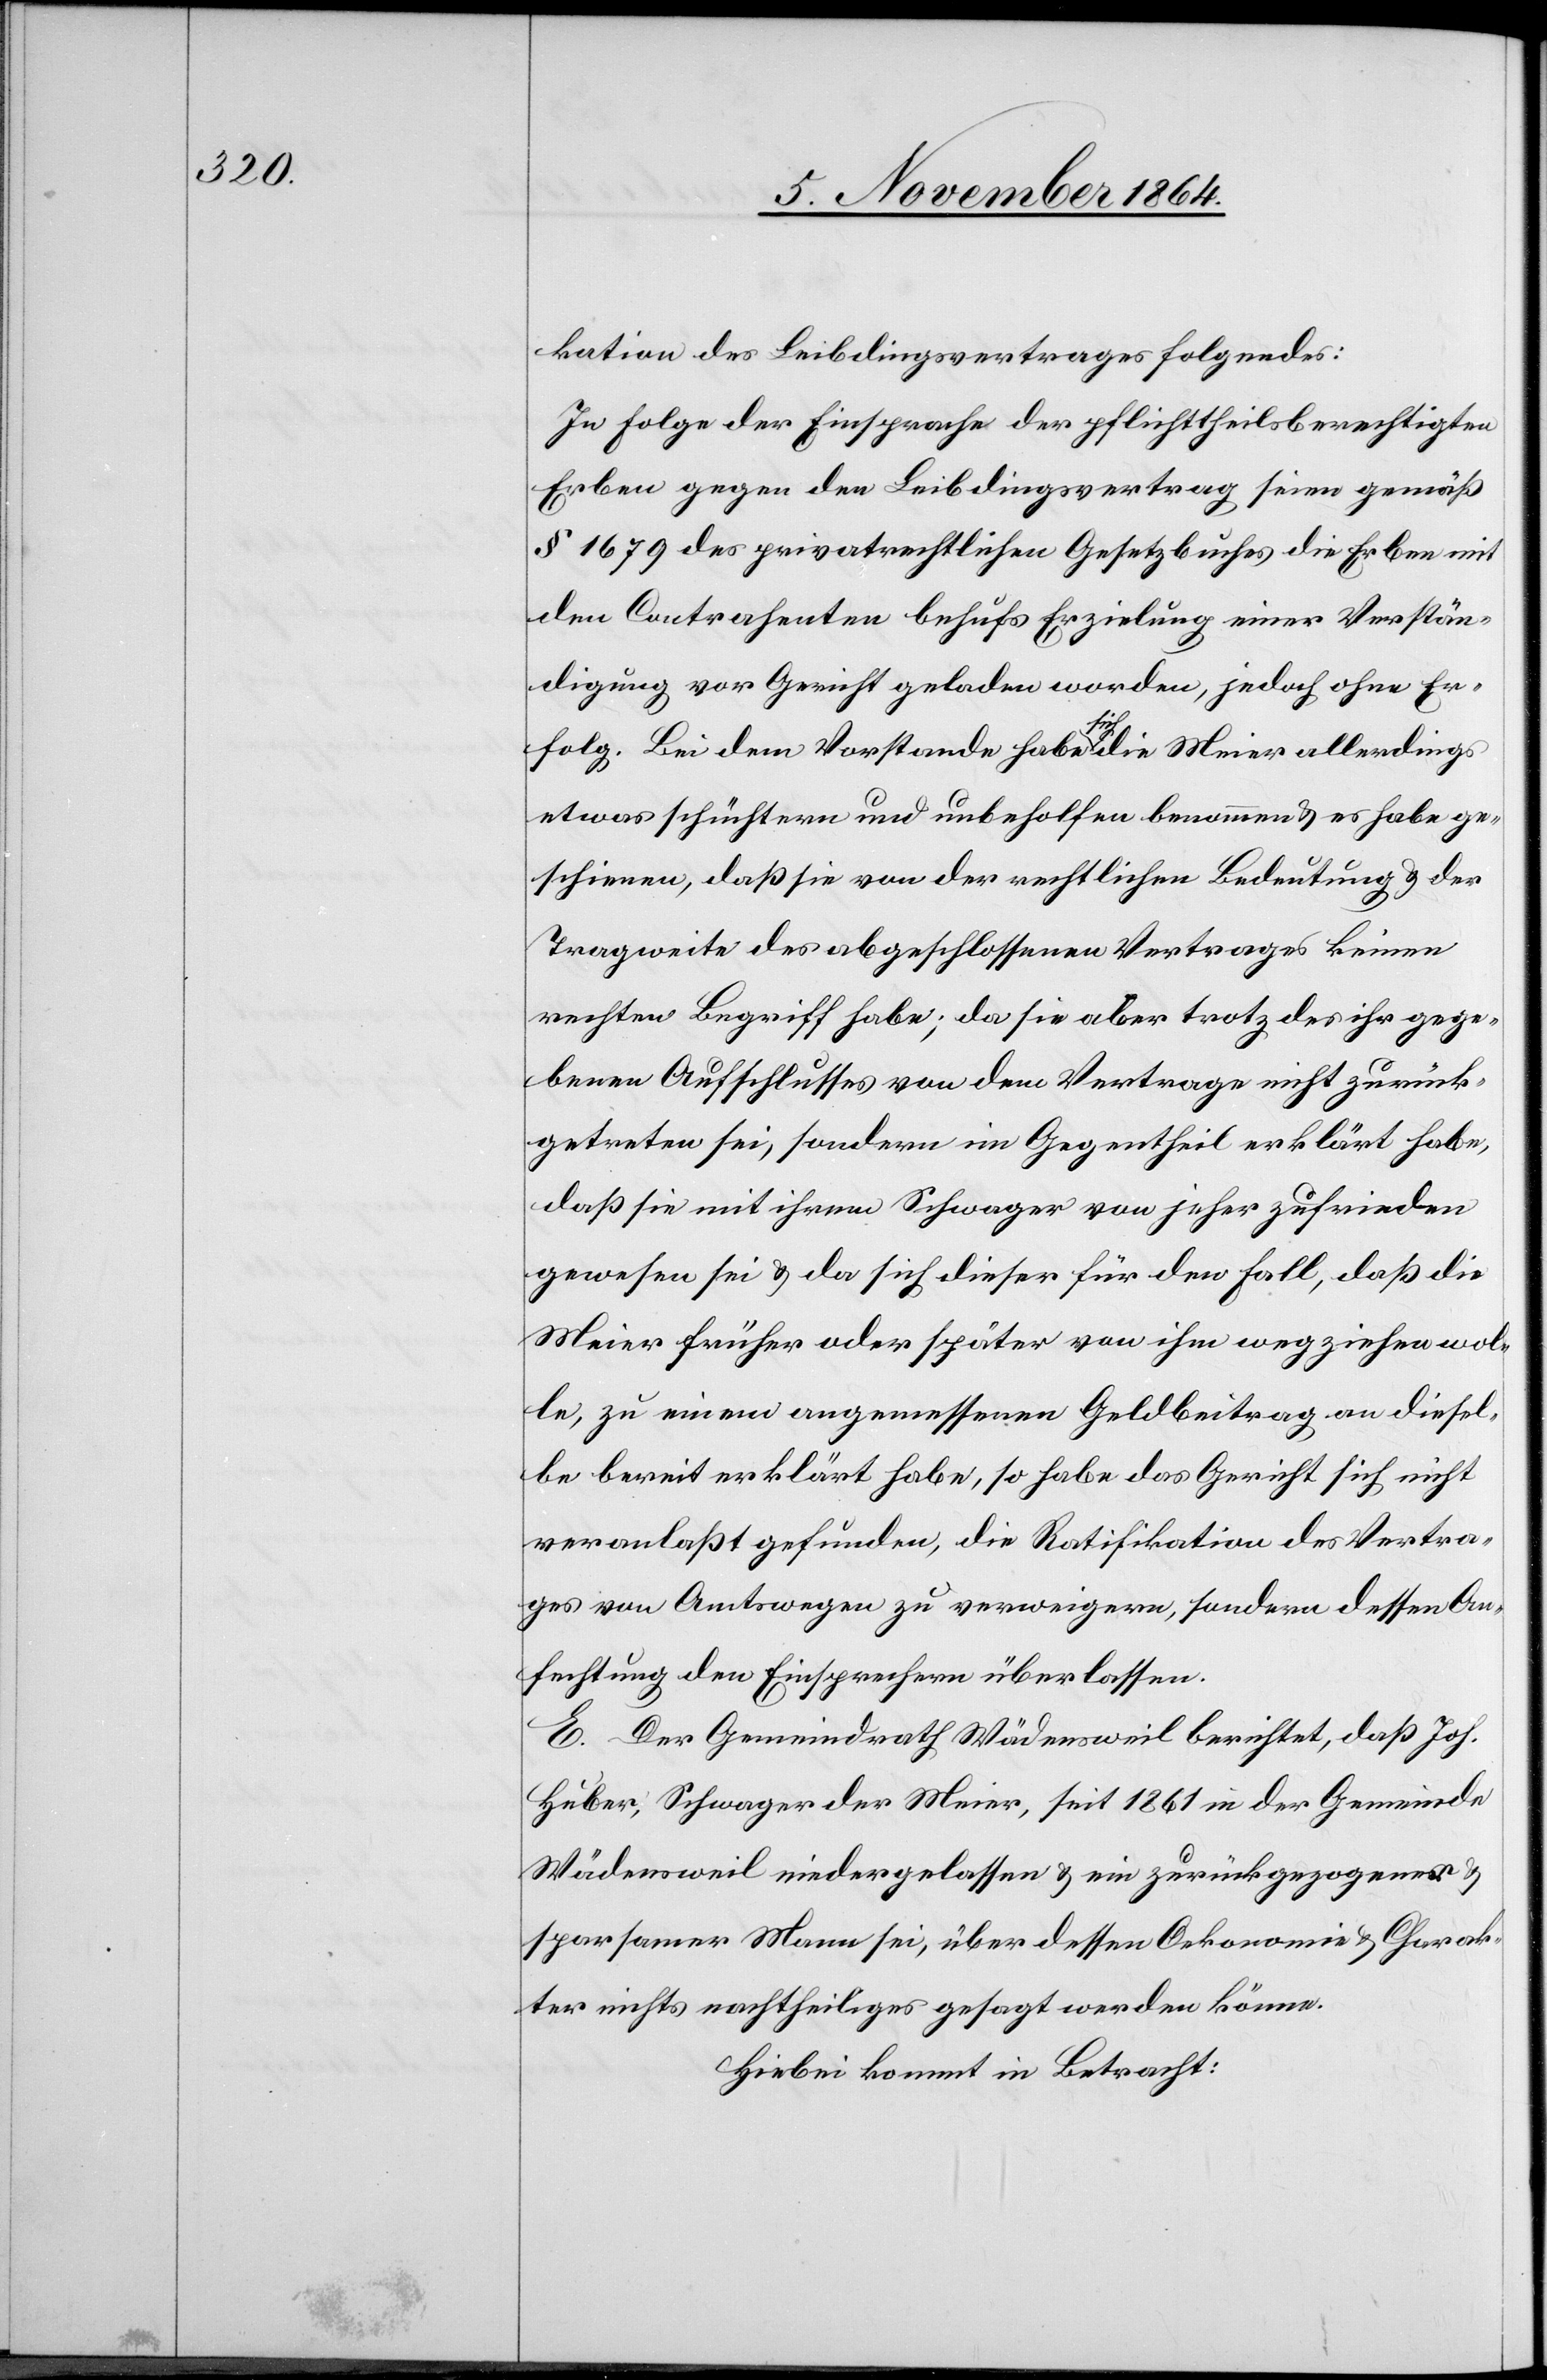
kation des Leibdingsvertrages Folgendes:
In Folge der Einsprache der pflichttheilsberechtigten
Erben gegen den Leibdingsvertrag seien gemäß
§ 1679 des privatrechtlichen Gesetzbuches die Erben mit
den Contrahenten behufs Erzielung einer Verstän¬
digung vor Gericht geladen worden, jedoch ohne Er¬
folg. Bei dem Vorstande habe a-sich-a die Meier allerdings
etwas schüchtern und unbeholfen benommen & es habe ge¬
schienen, daß sie von der rechtlichen Bedeutung & der
Tragweite des abgeschlossenen Vertrages keinen
rechten Begriff habe; da sie aber trotz des ihr gege¬
benen Aufschlusses von dem Vertrage nicht zurück¬
getreten sei, sondern im Gegentheil erklärt habe,
daß sie mit ihrem Schwager von jeher zufrieden
gewesen sei & da sich dieser für den Fall, daß die
Meier früher oder später von ihm wegziehen wol¬
le, zu einem angemessenen Geldbeitrag an diesel¬
be bereit erklärt habe, so habe das Gericht sich nicht
veranlaßt gefunden, die Ratifikation des Vertra¬
ges von Amtswegen zu verweigern, sondern dessen An¬
fechtung den Einsprechern überlassen.
E. Der Gemeindrath Wädensweil berichtet, daß Joh.
Huber, Schwager der Meier, seit 1861 in der Gemeinde
Wädensweil niedergelassen & ein zurückgezogener &
sparsamer Mann sei, über dessen Oekonomie & Charak¬
ter nichts nachtheiliges gesagt werden könne.
Hiebei kommt in Betracht: